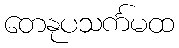
တေနုပသင်္ကမထ